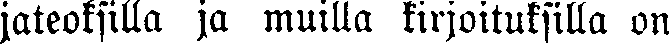
jateoksilla ja muilla kirjoituksilla on